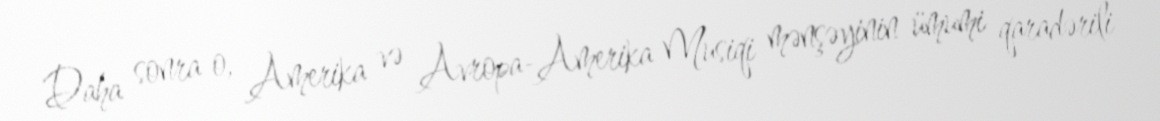
Daha sonra o, Amerika və Avropa-Amerika Musiqi mənşəyinin ümumi qaradərili